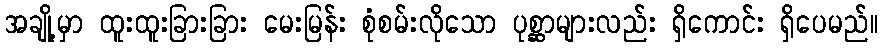
အချို့မှာ ထူးထူးခြားခြား မေးမြန်း စုံစမ်းလိုသော ပုစ္ဆာများလည်း ရှိကောင်း ရှိပေမည်။